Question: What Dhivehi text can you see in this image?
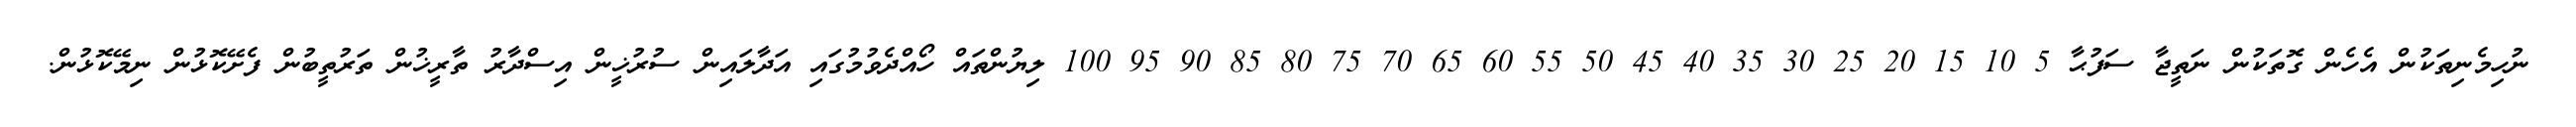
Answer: ނުހިމެނިތަކުން އެހެން ގޮތަކުން ނަތީޖާ ސަފުޙާ 5 10 15 20 25 30 35 40 45 50 55 60 65 70 75 80 85 90 95 100 ލިޔުންތައް ހޯއްދެވުމުގައި އަދާލައިން ސުރުޚީން އިސްދާރު ތާރީޚުން ތަރުތީބުން ފެށޭކޮޅުން ނިމޭކޮޅުން.